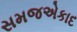
સમજએકાદ